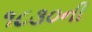
૧૮૩૦ની